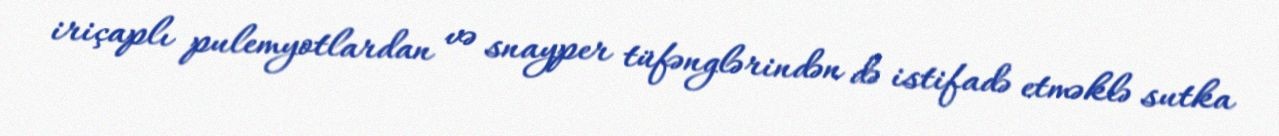
iriçaplı pulemyotlardan və snayper tüfənglərindən də istifadə etməklə sutka